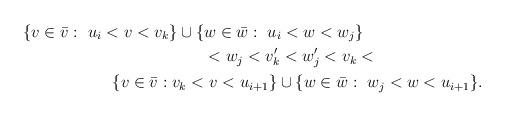
LaTeX: \begin{align*}\{ v \in \bar{v} : ~u_i < v < v_k \} \cup \{ & w \in \bar{w} : ~u_i < w < w_j \} \\ & < w_j < v^\prime_k < w^\prime_j < v_k < \\ \{ v \in \bar{v} : v_k < & ~ v < u_{i+1} \} \cup \{ w \in \bar{w} : ~ w_j < w < u_{i+1} \}. \\\end{align*}